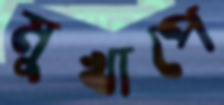
মুখাপে